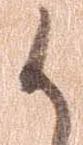
候